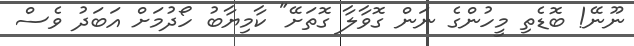
ނޫނޭ! ބޮޑެތި މީހުންގެ ނަން ގޮވާލާ ގޮތަށޭ" ކާމިޔާބު ހޯދުމަށް އަބަދު ވެސް